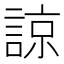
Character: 諒